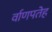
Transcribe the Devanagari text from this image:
र्वाणपतेह